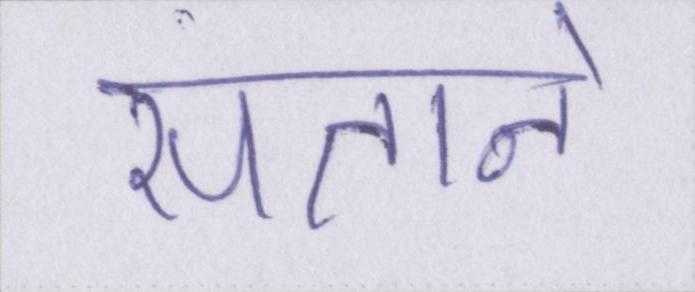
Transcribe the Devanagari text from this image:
सताने